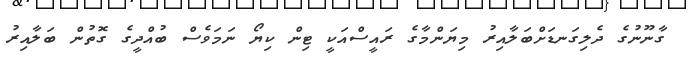
ގާނޫނުގެ ދެލިގަނޑަށްބަލާއިރު މިޔަންމާގެ ރައީސްއަކީ ޓިން ކިޔޯ ނަމަވެސް ބުއްދީގެ ގޮތުން ބަލާއިރު